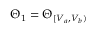
\Theta _ { 1 } = \Theta _ { [ V _ { a } , V _ { b } ) }